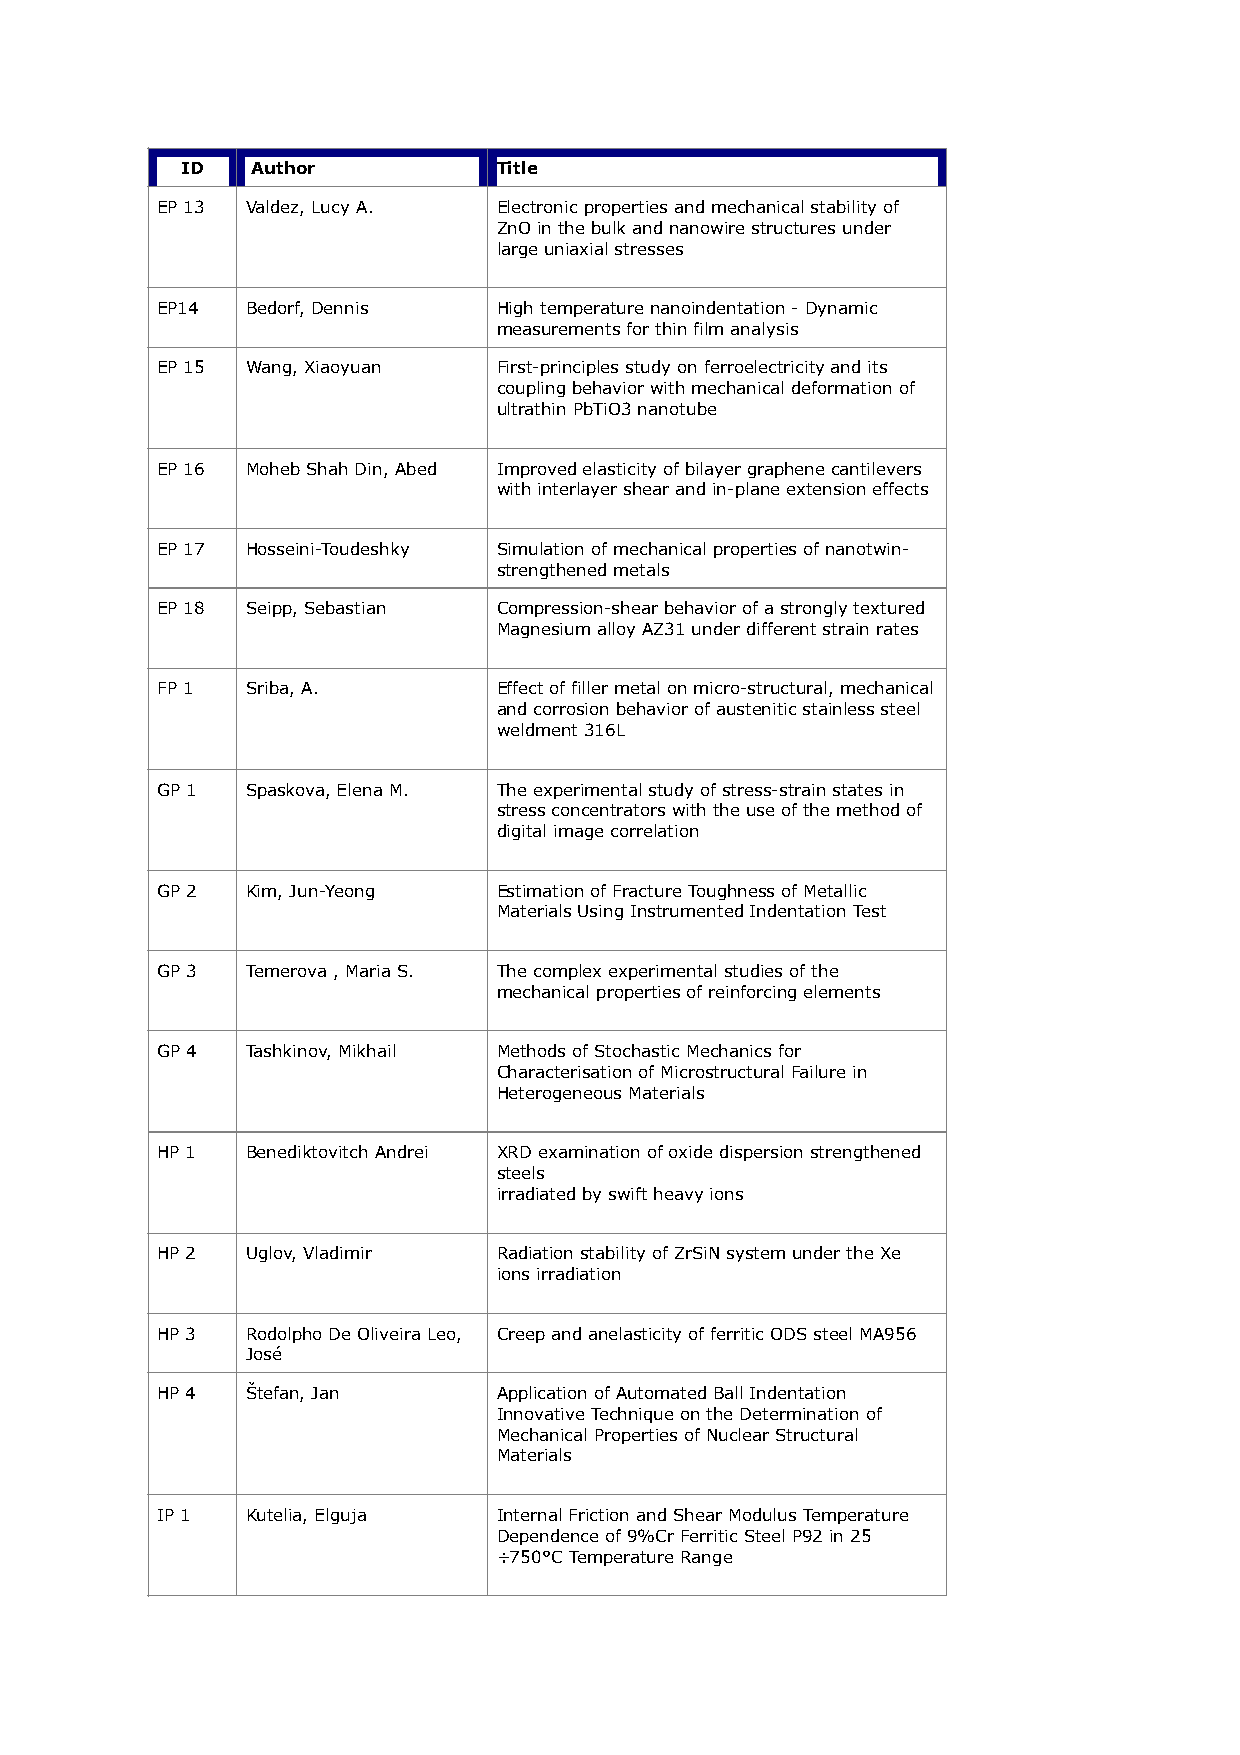
ID   Author          Title
 EP 13 Valdez, Lucy A.  Electronic properties and mechanical stability of
 ZnO in the bulk and nanowire structures under
 large uniaxial stresses
 EP14  Bedorf, Dennis   High temperature nanoindentation - Dynamic
 measurements for thin film analysis
 EP 15 Wang, Xiaoyuan   First-principles study on ferroelectricity and its
 coupling behavior with mechanical deformation of
 ultrathin PbTiO3 nanotube
 EP 16 Moheb Shah Din, Abed Improved elasticity of bilayer graphene cantilevers
 with interlayer shear and in-plane extension effects
 EP 17 Hosseini-Toudeshky Simulation of mechanical properties of nanotwin-
 strengthened metals
 EP 18 Seipp, Sebastian Compression-shear behavior of a strongly textured
 Magnesium alloy AZ31 under different strain rates
 FP 1  Sriba, A.        Effect of filler metal on micro-structural, mechanical
 and corrosion behavior of austenitic stainless steel
 weldment 316L
 GP 1  Spaskova, Elena M. The experimental study of stress-strain states in
 stress concentrators with the use of the method of
 digital image correlation
 GP 2  Kim, Jun-Yeong   Estimation of Fracture Toughness of Metallic
 Materials Using Instrumented Indentation Test
 GP 3  Temerova , Maria S. The complex experimental studies of the
 mechanical properties of reinforcing elements
 GP 4  Tashkinov, Mikhail Methods of Stochastic Mechanics for
 Characterisation of Microstructural Failure in
 Heterogeneous Materials
 HP 1  Benediktovitch Andrei XRD examination of oxide dispersion strengthened
 steels
 irradiated by swift heavy ions
 HP 2  Uglov, Vladimir  Radiation stability of ZrSiN system under the Xe
 ions irradiation
 HP 3  Rodolpho De Oliveira Leo, Creep and anelasticity of ferritic ODS steel MA956
 José
 HP 4  Štefan, Jan      Application of Automated Ball Indentation
 Innovative Technique on the Determination of
 Mechanical Properties of Nuclear Structural
 Materials
 IP 1  Kutelia, Elguja  Internal Friction and Shear Modulus Temperature
 Dependence of 9%Cr Ferritic Steel P92 in 25
 ÷750°C Temperature Range